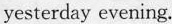
yesterday evening.